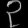
Digit: ၃